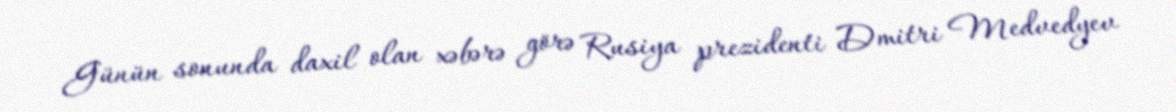
Günün sonunda daxil olan xəbərə görə Rusiya prezidenti Dmitri Medvedyev